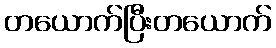
တယောက်ပြီးတယောက်